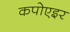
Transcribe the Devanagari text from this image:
कपोएइर